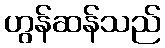
ဟွန်ဆန်သည်